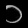
Digit: ၁